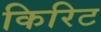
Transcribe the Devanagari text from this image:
किरिट